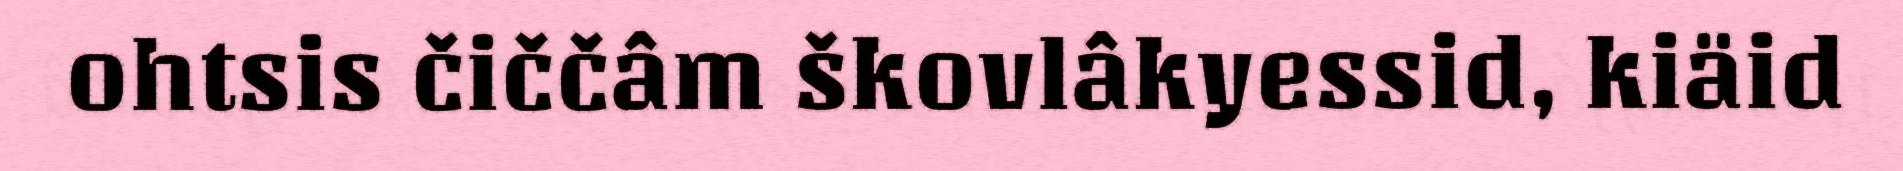
ohtsis čiččâm škovlâkyessid, kiäid